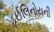
ઈલિનોયની